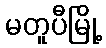
မတူပီမြို့